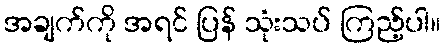
အချက်ကို အရင် ပြန် သုံးသပ် ကြည့်ပါ။